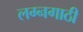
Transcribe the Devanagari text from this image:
लग्नगाठी